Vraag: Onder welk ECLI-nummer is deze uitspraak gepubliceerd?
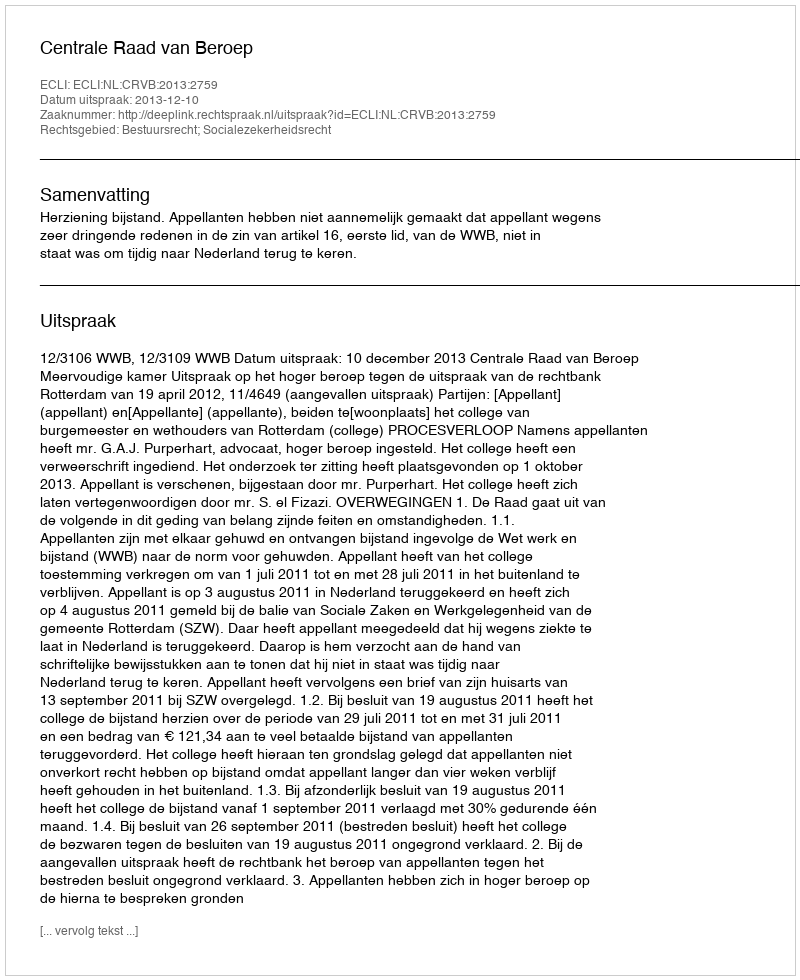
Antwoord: ECLI:NL:CRVB:2013:2759